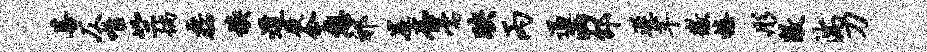
菩仄唯竺徜磊焕道殿今憩祁崖台嚅映丙遏函邵遂芊徽榛彤敞湍刀